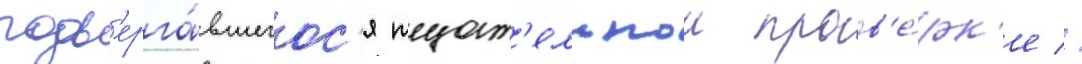
подв'ерга́вшегос'я тщат'ельнои пров'е́рк'е //